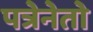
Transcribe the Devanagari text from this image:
पत्रेनेतो